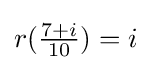
r({\tfrac {7+i}{10}})=i